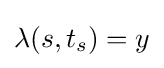
\lambda (s,t_{s})=y